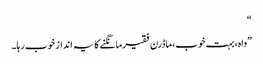
“
”واہ،بہت خوب،ماڈرن فقیرمانگنے کا یہ انداز خوب رہا۔